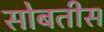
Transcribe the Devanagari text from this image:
सोबतीस